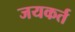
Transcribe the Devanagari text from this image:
जयकर्त